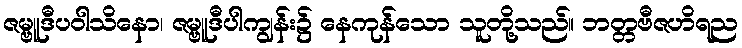
ဇမ္ဗူဒီပဝါသိနော၊ ဇမ္ဗူဒီပါကျွန်း၌ နေကုန်သော သူတို့သည်။ ဘတ္တဗီဇဟိရည